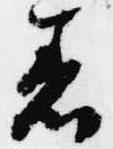
着